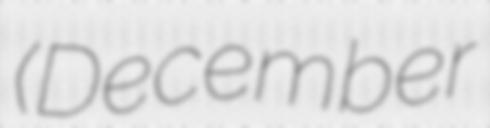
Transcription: (December